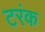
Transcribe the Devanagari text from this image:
टरंक